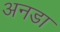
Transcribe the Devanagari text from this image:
अनडा